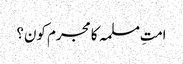
امتِ مسلمہ کا مجرم کون؟